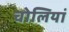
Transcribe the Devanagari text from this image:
चोलियां